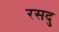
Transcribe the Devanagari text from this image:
रसदु